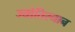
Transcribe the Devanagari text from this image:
ज्योतिस्नान